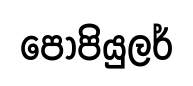
පොපියුලර්